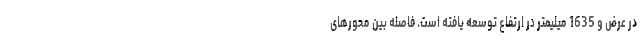
در عرض و 1635 میلیمتر در ارتفاع توسعه یافته است. فاصله بین محورهای